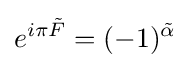
e^{i\pi {\tilde {F}}}=(-1)^{\tilde {\alpha }}